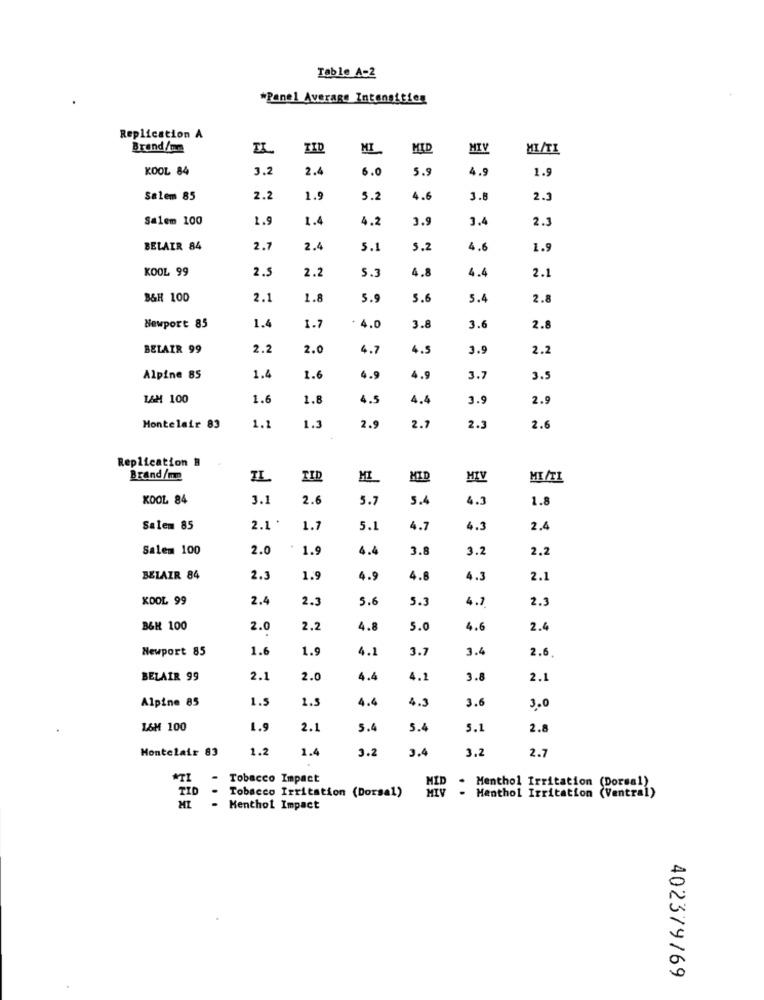
Table A-2
*Panel Average Intensities
Replication A
Brand/mm
TID
MI
MID
MIV
MI/TI
KOOL 84
3.2
2.4
6.0
5.9
4.9
1.9
Salem 85
2.2
1.9
5.2
4.6
3.8
2.3
Salem 100
1.9
1.4
4.2
3.9
3.4
2.3
BELAIR 84
2.7
2.4
5.1
5.2
4.6
1.9
KOOL 99
4.4
2.5
2.2
5.
4.8
2.1
B&H 100
2.1
1.8
5.9
5.6
5.4
2.8
Newport 85
1.4
1.7
* 4.0
3.8
3.6
2.8
BELAIR 99
2.2
2.0
4.7
4.5
3.9
2.2
Alpine 85
1.4
1.6
4.9
4.9
3.7
3.5
1&M 100
1.6
1.8
4.5
4.4
3.9
2.9
Montelair 83
1.1
1.3
2.9
2.7
2.3
2.6
Replication #
Brand/mm
IL
TID
MID
MTV
MI/TL
KOOL 84
3.1
2.6
5.7
5.4
4.3
1.8
Salem 85
2.1 .
1.7
5.1
4.7
4.3
2.4
Salem 100
2.0
1.9
4.4
3.8
3.2
2.2
BELAIR 84
2.3
1.9
4.9
4.8
4.3
2.1
KOOL 99
2.4
5.6
5.3
4.7
2.3
2.3
B&H 100
2.0
2.2
4.8
5.0
4.6
2.4
Newport 85
1.6
1.9
4.1
3.7
3.4
2.6
BELAIR 99
2.1
2.0
4.4
4.2
3.8
2.1
1.5
1.5
4.4
4.3
3.6
Alpine 85
3.0
L&M 100
1.9
2.1
5.4
5.4
5.1
2.8
Montelair 83
1.2
1.4
3.2
3.4
3.2
2.7
*TI
Tobacco Impact
.
Tobacco Irritation (Dorsal)
MIV
MID -
Menthol Irritation (Ventral)
Menthol Irritation (Dorsal)
Menthol Impact
402379/69